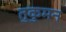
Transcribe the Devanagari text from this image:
तुकुमन